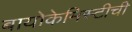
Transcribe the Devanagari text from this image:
बायोकेमिस्टीची